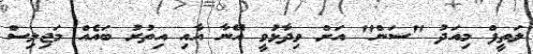
ލަތީފް މިއަދު "ސަން" އަށް ވިދާޅުވީ އޭނާ އާއި އިތުރު ބައެއް މަޖިލިސް